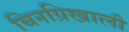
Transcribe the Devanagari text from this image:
चिनग्रिखाली